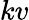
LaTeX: kv